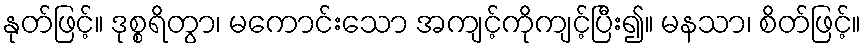
နုတ်ဖြင့်။ ဒုစ္စရိတွာ၊ မကောင်းသော အကျင့်ကိုကျင့်ပြီး၍။ မနသာ၊ စိတ်ဖြင့်။